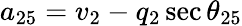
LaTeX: a_{25}=v_{2}-q_{2}\sec{\theta_{25}}